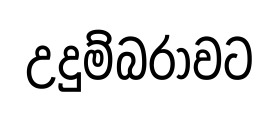
උදුම්බරාවට